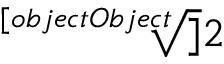
\sqrt [ [object Object] ] { 2 }